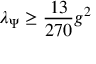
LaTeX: \lambda _ { \Psi } \geq { \frac { 1 3 } { 2 7 0 } } g ^ { 2 }